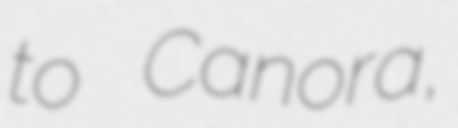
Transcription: to Canora,